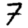
Digit: 7